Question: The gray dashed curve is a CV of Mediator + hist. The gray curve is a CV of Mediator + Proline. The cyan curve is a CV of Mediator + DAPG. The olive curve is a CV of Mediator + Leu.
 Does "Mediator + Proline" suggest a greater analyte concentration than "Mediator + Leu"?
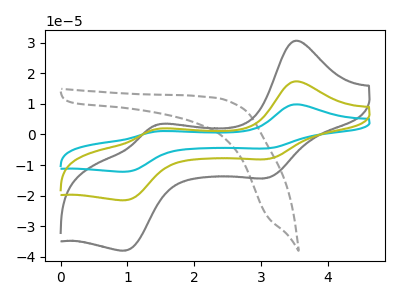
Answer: <think>The gray dashed curve "Mediator + hist" has no peaks. The gray curve "Mediator + Proline" has anodic peaks at (3.50V, 30.50uA) (1.40V, 3.00uA) and cathodic peaks at (3.10V, -14.20uA) (0.95V, -37.90uA). The cyan curve "Mediator + DAPG" has anodic peaks at (3.50V, 34.60uA) (1.40V, 3.40uA) and cathodic peaks at (3.10V, -16.10uA) (0.95V, -42.95uA). The olive curve "Mediator + Leu" has anodic peaks at (3.50V, 17.30uA) (1.40V, 1.70uA) and cathodic peaks at (3.10V, -8.05uA) (0.95V, -21.45uA).
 All the peaks in "Mediator + Proline" have a peak in "Mediator + Leu" at the same potential. Every peak in "Mediator + Proline" is higher than every peak in "Mediator + Leu".</think>
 <answer>"Mediator + Proline" has more signal than "Mediator + Leu".</answer>
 <eval>more_signal</eval>